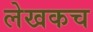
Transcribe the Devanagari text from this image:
लेखकच